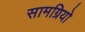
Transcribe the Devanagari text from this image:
सामग्रियो